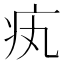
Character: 𤴯